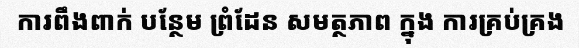
ការពឹងពាក់ បន្ថែម ព្រំដែន សមត្ថភាព ក្នុង ការគ្រប់គ្រង